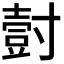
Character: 𭕀